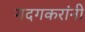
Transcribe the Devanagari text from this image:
गदगकरांनी